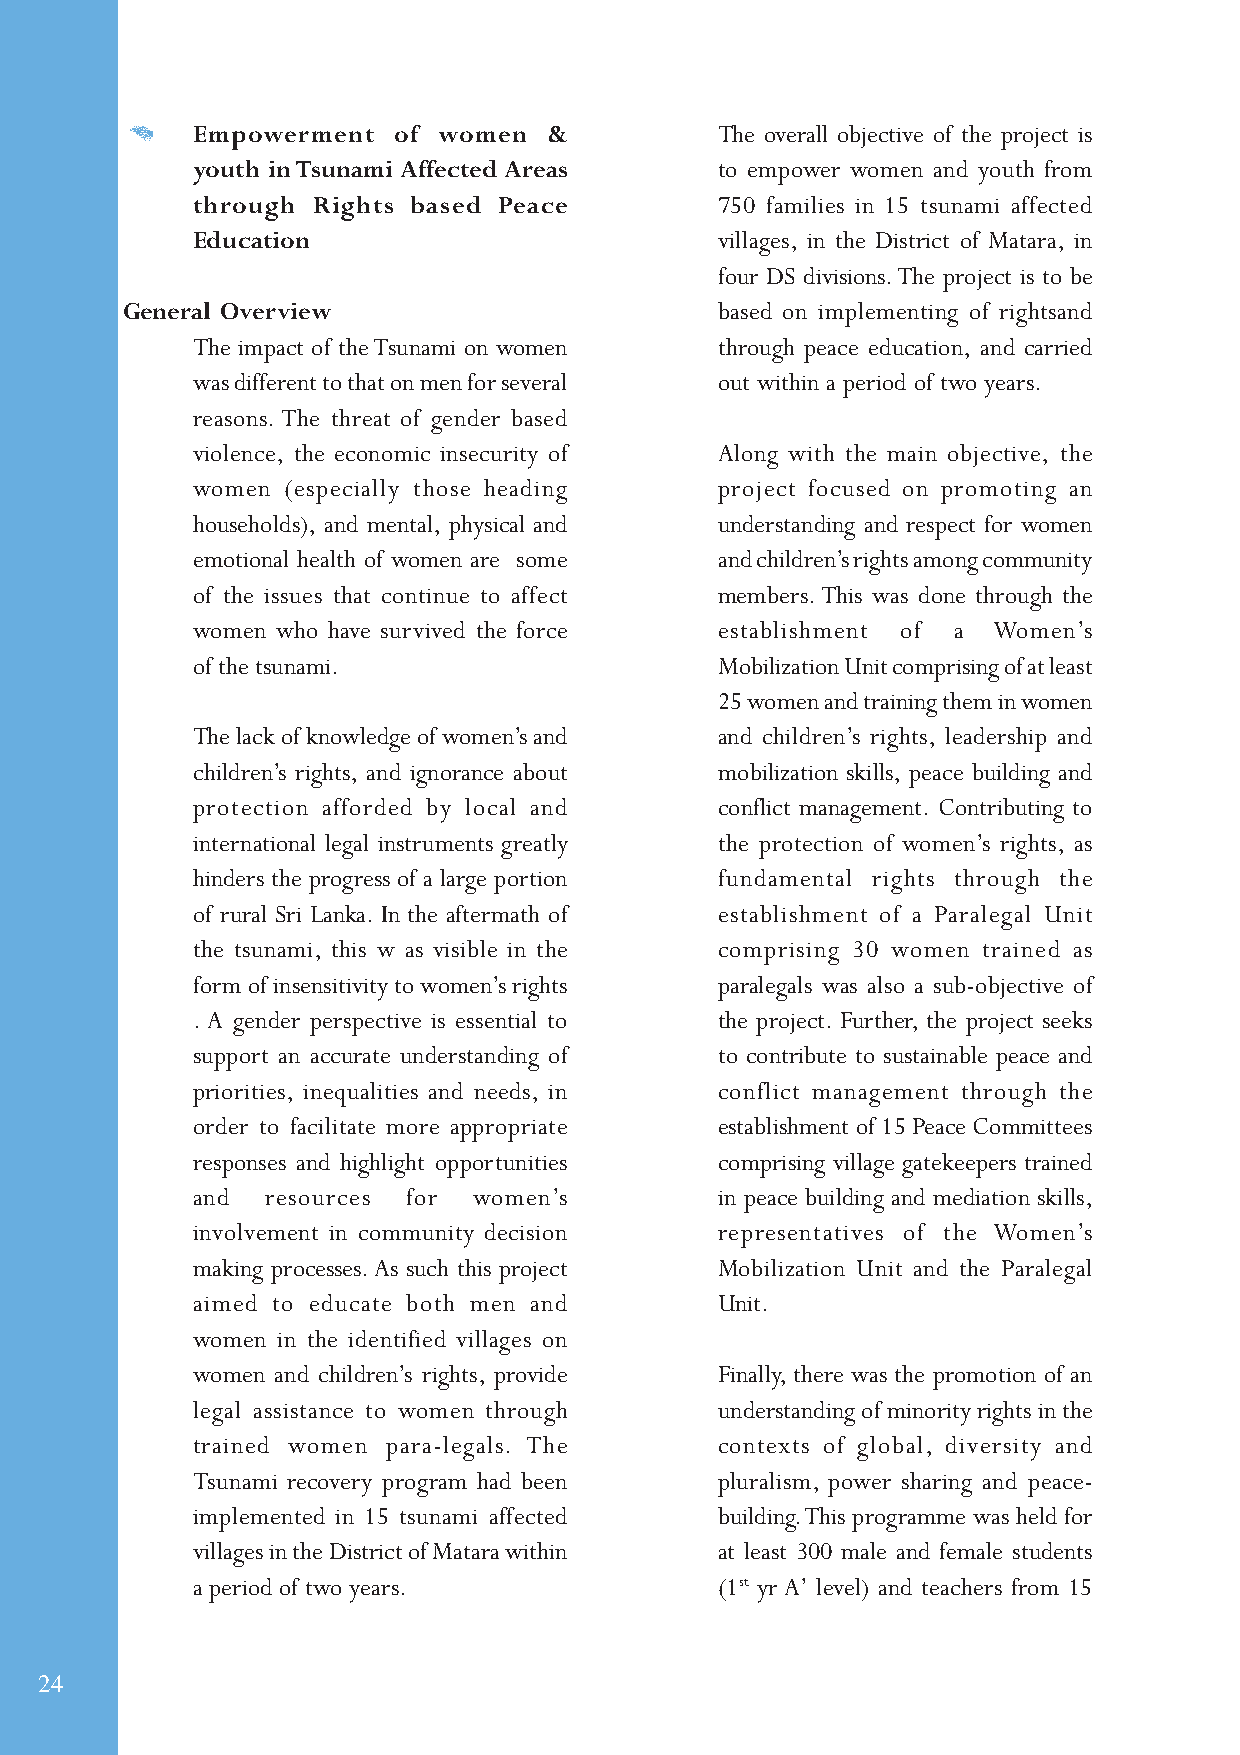
Empowerment  of women  &           The overall objective of the project is
 youth in Tsunami Affected Areas    to empower women and youth from
 through Rights based Peace         750 families in 15 tsunami affected
 Education                          villages, in the District of Matara, in
 four DS divisions. The project is to be
 General Overview                        based on implementing of rightsand
 The impact of the Tsunami on women through peace education, and carried
 was different to that on men for several out within a period of two years.
 reasons. The threat of gender based
 violence, the economic insecurity of Along with the main objective, the
 women (especially those heading    project focused on promoting an
 households), and mental, physical and understanding and respect for women
 emotional health of women are some and children’s rights among community
 of the issues that continue to affect members. This was done through the
 women who have survived the force  establishment of a Women’s
 of the tsunami.                    Mobilization Unit comprising of at least
 25 women and training them in women
 The lack of knowledge of women’s and and children’s rights, leadership and
 children’s rights, and ignorance about mobilization skills, peace building and
 protection afforded by local and   conflict management. Contributing to
 international legal instruments greatly the protection of women’s rights, as
 hinders the progress of a large portion fundamental rights through the
 of rural Sri Lanka. In the aftermath of establishment of a Paralegal Unit
 the tsunami, this w as visible in the comprising 30 women trained as
 form of insensitivity to women’s rights paralegals was also a sub-objective of
 . A gender perspective is essential to the project. Further, the project seeks
 support an accurate understanding of to contribute to sustainable peace and
 priorities, inequalities and needs, in conflict management through the
 order to facilitate more appropriate establishment of 15 Peace Committees
 responses and highlight opportunities comprising village gatekeepers trained
 and  resources for women’s         in peace building and mediation skills,
 involvement in community decision  representatives of the Women’s
 making processes. As such this project Mobilization Unit and the Paralegal
 aimed to educate both men and      Unit.
 women in the identified villages on
 women and children’s rights, provide Finally, there was the promotion of an
 legal assistance to women through  understanding of minority rights in the
 trained women para-legals. The     contexts of global, diversity and
 Tsunami recovery program had been  pluralism, power sharing and peace-
 implemented in 15 tsunami affected building. This programme was held for
 villages in the District of Matara within at least 300 male and female students
 a period of two years.             (1st yr A’ level) and teachers from 15
 24